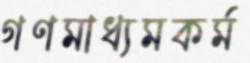
গণমাধ্যমকর্ম